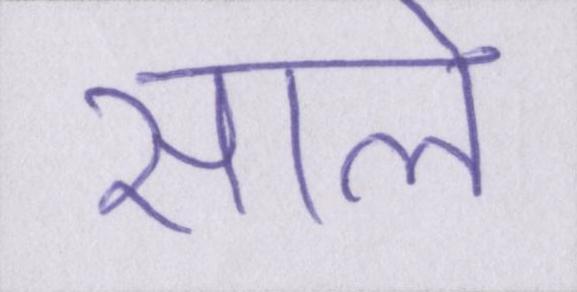
साले